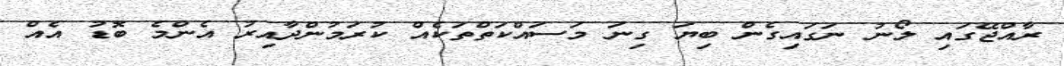
ރާއްޖޭގައި ލޯނު ނަގައިގެން ބިޔަ ގިނަ މަސައްކަތްތަކެއް ކުރަމުންދާއިރު އެންމެ ބޮޑު އެއް